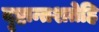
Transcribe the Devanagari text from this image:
दृष्टान्तशतेहि